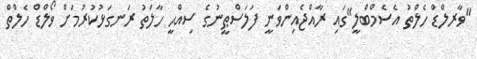
"ވާރލްޑް ހެލްތު އެސެމްބްލީ"ގައި ރާއްޖެއިންވަނީ ފަލަސްޠީނުގެ ސިއްޙީ ހާލަތު ރަނގަޅުކުރުމަށް ވޯލްޑް ހެލްތް